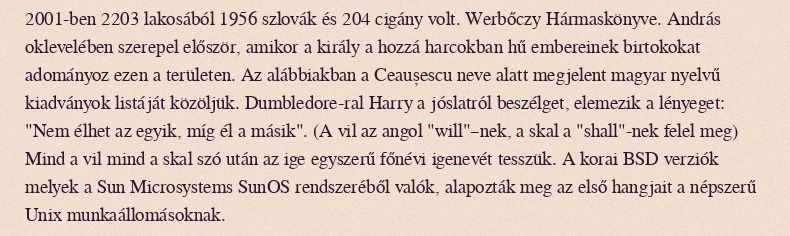
2001-ben 2203 lakosából 1956 szlovák és 204 cigány volt. Werbőczy Hármaskönyve. András oklevelében szerepel először, amikor a király a hozzá harcokban hű embereinek birtokokat adományoz ezen a területen. Az alábbiakban a Ceaușescu neve alatt megjelent magyar nyelvű kiadványok listáját közöljük. Dumbledore-ral Harry a jóslatról beszélget, elemezik a lényeget: "Nem élhet az egyik, míg él a másik". (A vil az angol "will"–nek, a skal a "shall"-nek felel meg) Mind a vil mind a skal szó után az ige egyszerű főnévi igenevét tesszük. A korai BSD verziók melyek a Sun Microsystems SunOS rendszeréből valók, alapozták meg az első hangjait a népszerű Unix munkaállomásoknak.